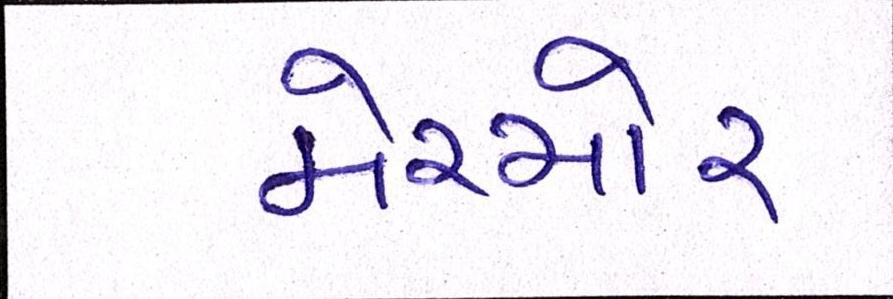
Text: મેચ્યોર